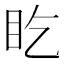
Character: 盵